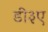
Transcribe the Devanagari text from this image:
डी३ए